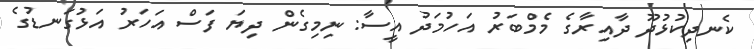
ކެނދިކުޅުދޫ ދާއިރާގެ މެމްބަރު އަހުމަދު އީސާ: ނިމިގެން ދިޔަ ފަސް އަހަރު އަޅުގަނޑުގެ